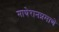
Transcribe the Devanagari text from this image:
माथेरानप्रमाणे